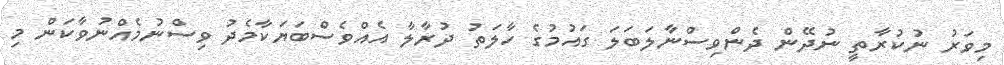
މިވަރު ނުކުރާތީ ނުދޭން ދެންވިސްނާލަބަލަ ގައުމުގެ ހާލަތު ދުރާލާ އެއްވެސްބަޔަކާމެދު ވިސްނުމެއްނުވާކަން މި